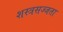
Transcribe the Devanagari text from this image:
शस्त्रसज्जता